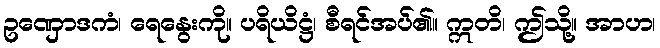
ဥဏှောဒကံ၊ ရေနွေးကို။ ပရိယိဋ္ဌံ၊ စီရင်အပ်၏။ ဣတိ၊ ဤသို့။ အာဟ၊